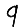
Digit: 9